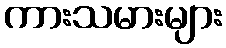
ကားသမားများ